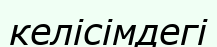
келісімдегі